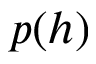
p ( h )